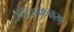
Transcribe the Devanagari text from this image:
निःशक्तकरण